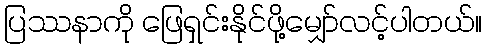
ပြဿနာကို ဖြေရှင်းနိုင်ဖို့မျှော်လင့်ပါတယ်။